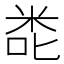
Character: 𮇎